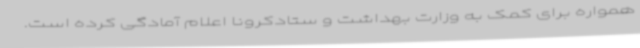
همواره برای کمک به وزارت بهداشت و ستادکرونا اعلام آمادگی کرده است.